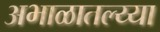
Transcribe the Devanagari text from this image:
अभाळातल्य्या